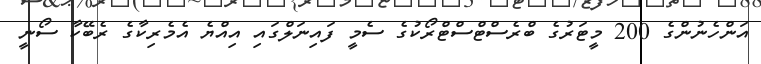
އަންހެނުންގެ 200 މީޓަރުގެ ބްރެސްޓްސްޓްރޯކުގެ ސެމީ ފައިނަލްގައި އިއްޔެ އެމެރިކާގެ ރެބޭކާ ސޯނީ